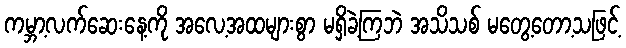
ကမ္ဘာ့လက်ဆေးနေ့ကို အလေ့အထများစွာ မရှိခဲ့ကြဘဲ အသိသစ် မတွေ့တော့သဖြင့်